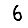
Digit: 6